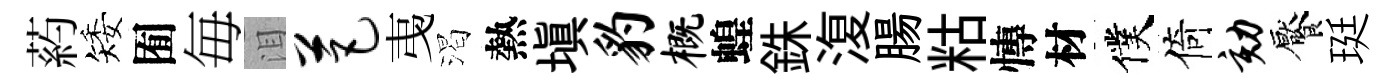
葯矮囿毎泪芭𢎯渴熱塡豹概蝗銖𣸪腸䊀慱材僕倚劾饜珽